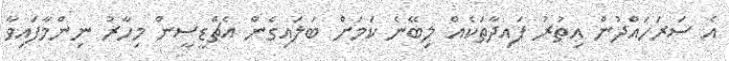
އެ ސަރަހައްދުން އިތުރު ފައިދާތަކެއް ލިބޭނެ ކަމަށް ބަލައިގެން އެޗްޑީސީން މިހާރު ނިންމާފައިވާ